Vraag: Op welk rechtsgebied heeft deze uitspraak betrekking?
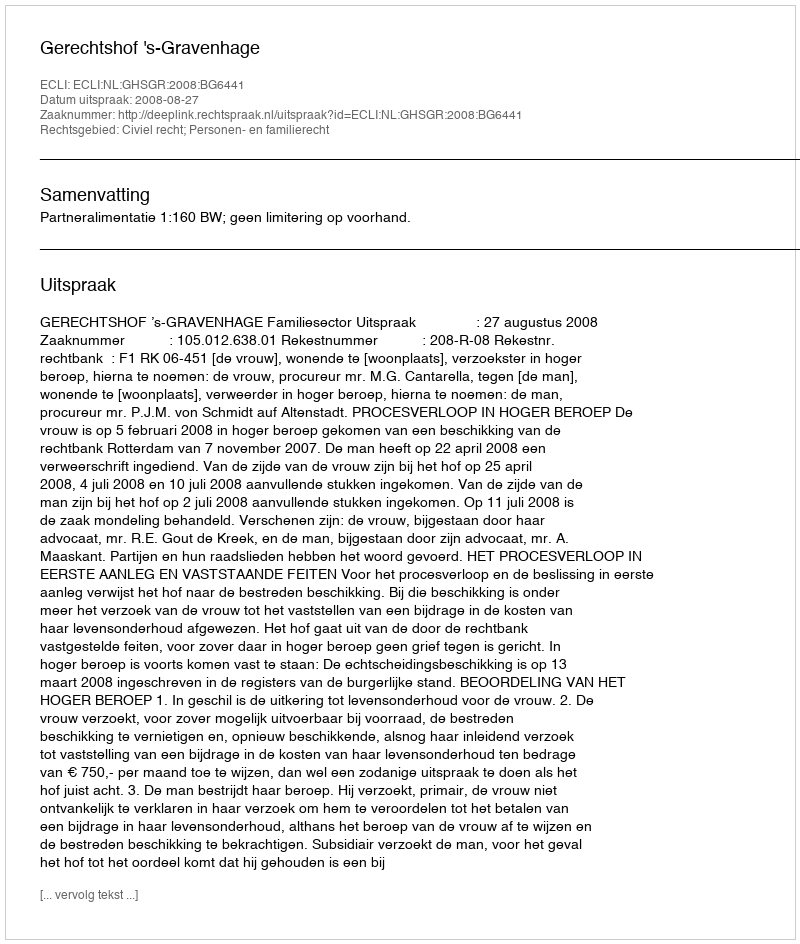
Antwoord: Civiel recht; Personen- en familierecht